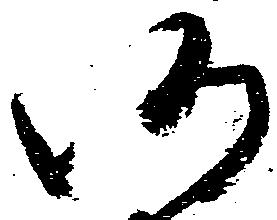
仍